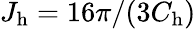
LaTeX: J_{\mathrm{h}}=16\pi/(3C_{\mathrm{h}})